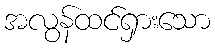
အလွန်ထင်ရှားသော